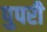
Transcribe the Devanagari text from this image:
पुपरी